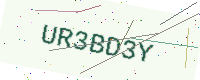
Text: UR3BD3Y